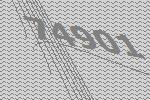
74901